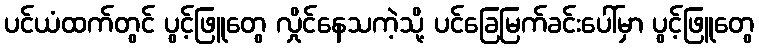
ပင်ယံထက်တွင် ပွင့်ဖြူတွေ လှိုင်နေသကဲ့သို့ ပင်ခြေမြက်ခင်းပေါ်မှာ ပွင့်ဖြူတွေ